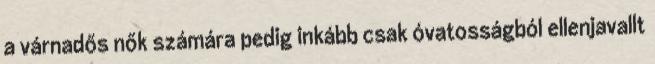
a várnadős nők számára pedig inkább csak óvatosságból ellenjavallt